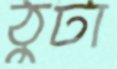
ঠুটা